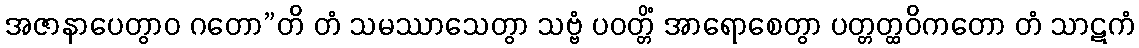
အဇာနာပေတွာဝ ဂတော”တိ တံ သမဿာသေတွာ သဗ္ဗံ ပဝတ္တိံ အာရောစေတွာ ပတ္တတ္ထဝိကတော တံ သာဋကံ